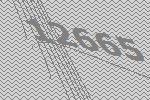
12665